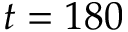
t = 1 8 0